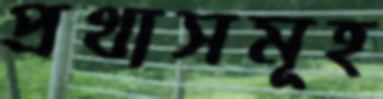
প্রথাসমূহ